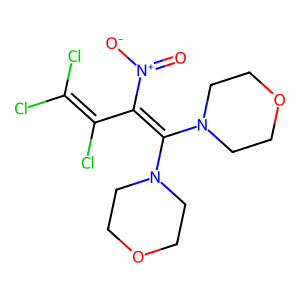
SMILES: O=[N+]([O-])C(C(Cl)=C(Cl)Cl)=C(N1CCOCC1)N1CCOCC1
Inhibits HIV replication: No